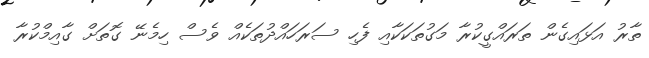
ތާރު އަޅައިގެން ތަރައްގީކުރާ މަގުތަކަކާއި ފެހި ސަރަހައްދުތަކެއް ވެސް ހިމެނޭ ގޮތަށް ގާއިމްކުރާ